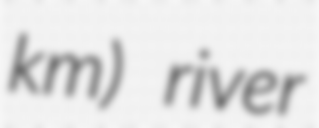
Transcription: km) river